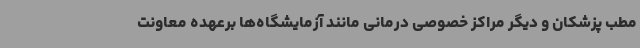
مطب پزشکان و دیگر مراکز خصوصی درمانی مانند آزمایشگاه‌ها برعهده معاونت